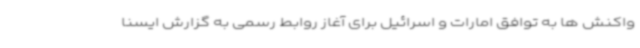
واکنش ها به توافق امارات و اسرائیل برای آغاز روابط رسمی به گزارش ایسنا